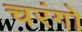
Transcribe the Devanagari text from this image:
चरंगो